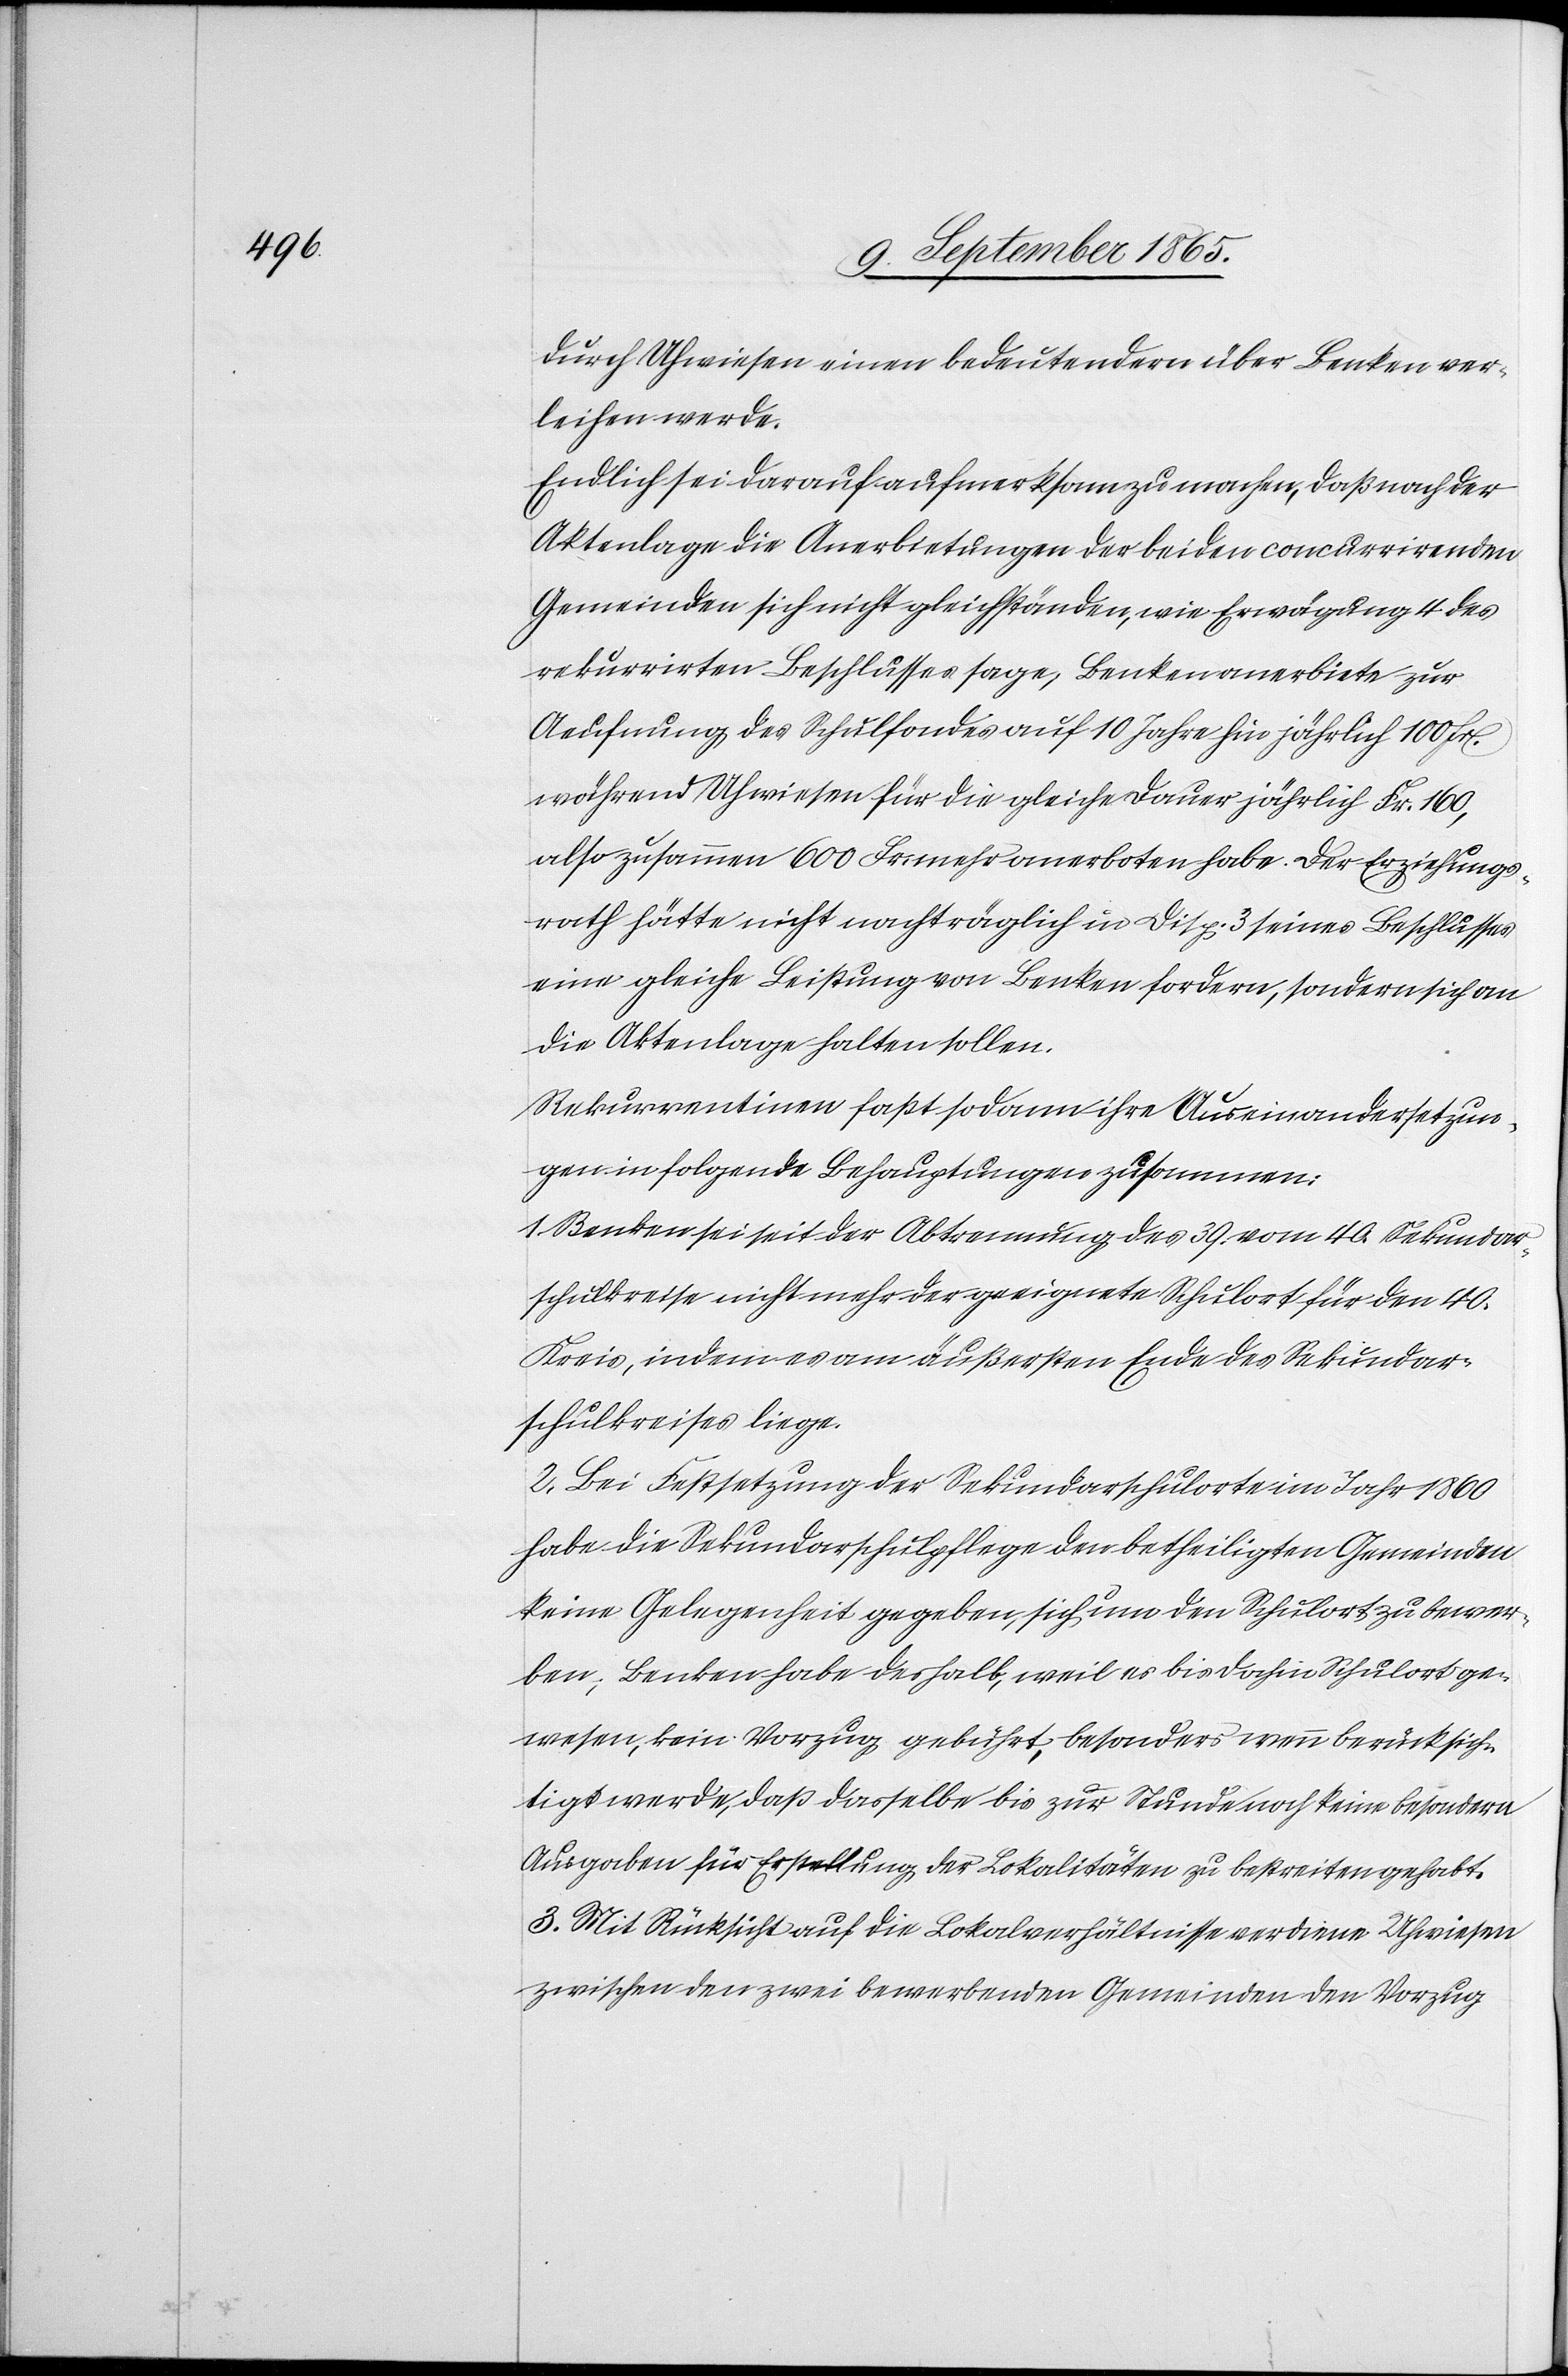
durch Uhwiesen einen bedeutendern über Benken ver¬
leihen werde.
Endlich sei darauf aufmerksam zu machen, daß nach der
Aktenlage die Anerbietungen der beiden concurrirenden
Gemeinden sich nicht gleichständen, wie Erwägung 4 des
rekurrirten Beschlusses sage; Benken anerbiete zur
Aeufnung des Schulfondes auf 10 Jahre hin jährlich 100 fr.
während Uhwiesen für die gleiche Dauer jährlich Fr. 160,
also zusammen 600 Fr. mehr anerboten habe. Der Erziehungs¬
rath hätte nicht nachträglich in Disp. 3 seines Beschlusses
eine gleiche Leistung von Benken fordern, sondern sich an
die Aktenlage halten sollen.
Rekurrentinnen faßt sodann ihre Auseinandersetzun¬
gen in folgende Behauptungen zusammen.
1. Benken sei seit der Abtrennung des 39. vom 40. Sekundar¬
schulkreise nicht mehr der geeignete Schulort für den 40.
Kreis, indem es am äußersten Ende des Sekundar¬
schulkreises liege.
2. Bei Festsetzung der Sekundarschulortes im Jahr 1860
habe die Sekundarschulpflege den betheiligten Gemeinden
keine Gelegenheit gegeben, sich um den Schulort zu bewer¬
ben; Benken habe deshalb, weil es bis dahin Schulort ge¬
wesen, kein Vorzug gebührt, besonders wenn berücksich¬
tigt werde, daß dasselbe bis zur Stunde noch keine besondern
Ausgaben für Erstellung der Lokalitäten zu bestreiten gehabt.
3. Mit Rücksicht auf die Lokalverhältnisse verdiene Uhwiesen
zwischen den zwei bewerbenden Gemeinden den Vorzug